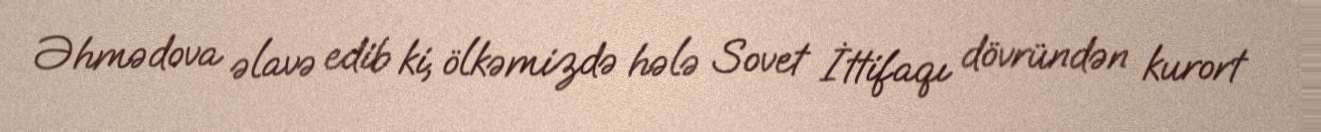
Əhmədova əlavə edib ki, ölkəmizdə hələ Sovet İttifaqı dövründən kurort